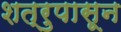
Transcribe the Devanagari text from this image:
शत्रुपासून